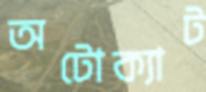
অটোক্যাট